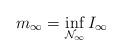
LaTeX: \begin{align*}m_{\infty}=\inf_{\mathcal{N}_{\infty}}I_{\infty}\end{align*}